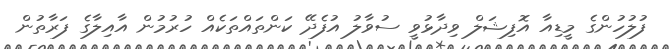
ފުލުހުންގެ މީޑިއާ އޮފިޝަލް ވިދާޅުވީ ސުވާލު އުފެދޭ ކަންތައްތަކެއް ހުރުމުން އާއިލާގެ ފަރާތުން